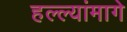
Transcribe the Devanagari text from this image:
हल्ल्यांमागे